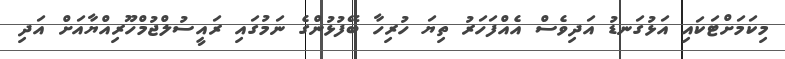
މިކަމަށްޓަކައި އަޅުގަނޑު އަދިވެސް އެއްފަހަރު ތިޔަ ހުރިހާ ބޭފުޅުންގެ ނަމުގައި ރައީސުލްޖުމްހޫރިއްޔާއަށް އަދި